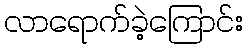
လာရောက်ခဲ့ကြောင်း